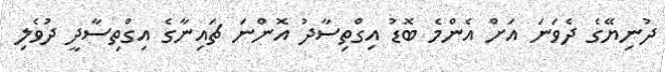
ދުނިޔޭގެ ދެވަނަ އަށް އެންމެ ބޮޑު އިގްތިސާދު އޮންނަ ޗައިނާގެ އިގްތިސާދީ ދުވެލި